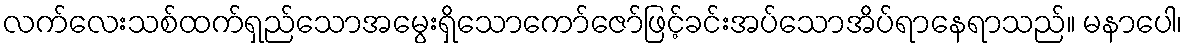
လက်လေးသစ်ထက်ရှည်သောအမွေးရှိသောကော်ဇော်ဖြင့်ခင်းအပ်သောအိပ်ရာနေရာသည်။ မနာပေါ၊